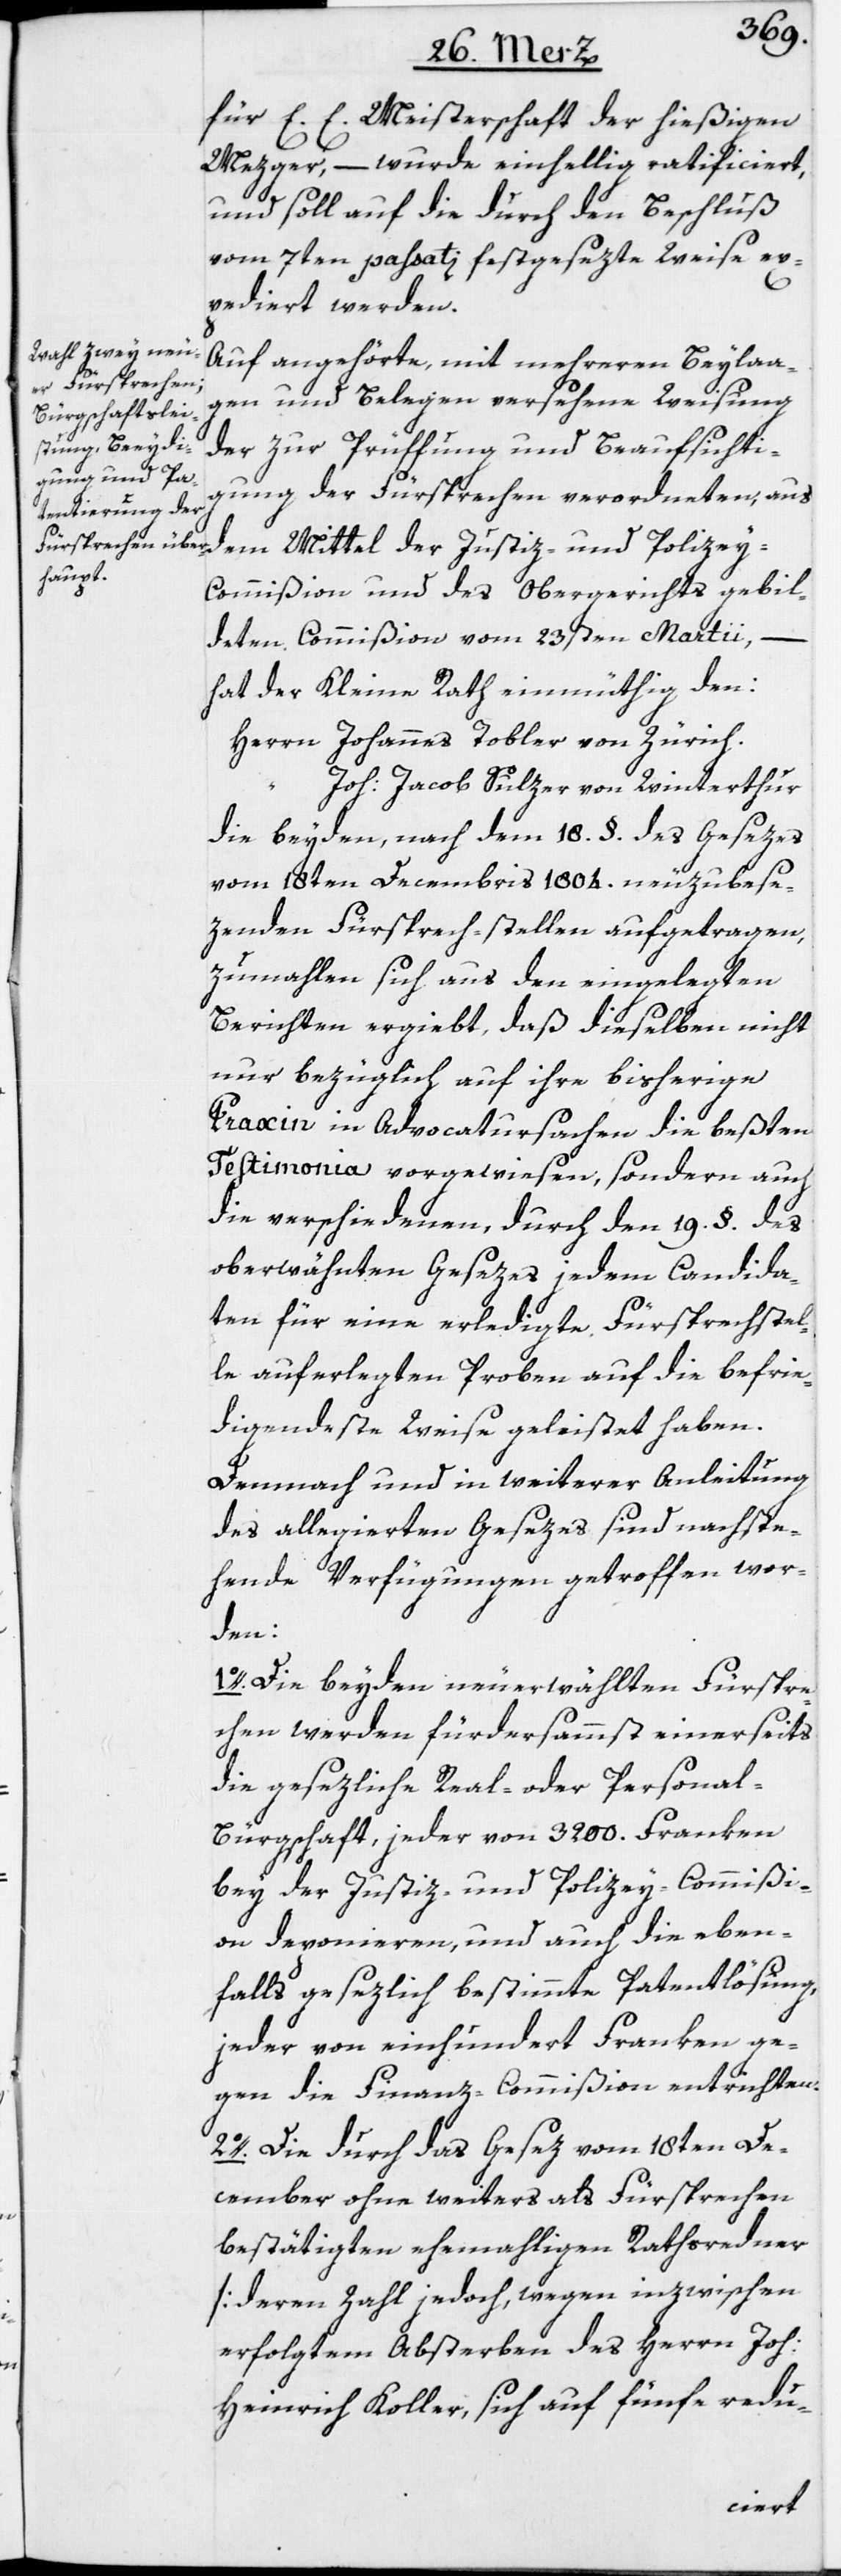
für E. E. Meisterschaft der hießigen
Mezger, – wurde einhellig ratificiert,
und soll auf die durch den Beschluß
vom 7ten passati festgesezte Weise ex¬
pediert werden.
Auf angehörte, mit mehreren Beylaa¬
gen und Belegen versehene Weisung
der zur Prüffung und Beaufsichti¬
gung der Fürsprechen verordneten, aus
dem Mittel der Justiz- und Polize¬
y-Commißion und des Obergerichts gebil¬
deten Commißion vom 23sten Martii,
hat der Kleine Rath einmüthig den:
Herrn Johannes Tobler von Zürich.
Joh: Jacob Sulzer von Winterthur
die beyden, nach dem 18. §. des Gesezes
vom 18ten Decembris 1804. neuzubes¬
ezenden Fürsprech-stellen aufgetragen,
zumahlen sich aus den eingelegten
Berichten ergiebt, daß dieselben nicht
nur bezüglich auf ihre bisherige
Praxin in Advocatursachen die beßten
Testimonia vorgewiesen, sondern auch
die verschiedenen, durch den 19. §. des
oberwähnten Gesezes jedem Candida¬
ten für eine erledigte Fürsprechstel¬
le auferlegten Proben auf die befrie¬
digendeste Weise geleistet haben.
Demnach und in weiterer Anleitung
des allegierten Gesezes sind nachste¬
hende Verfügungen getroffen wor¬
den:
1o. Die beyden neuerwählten Fürspre¬
chen werden fürdersammst einerseits
die gesezliche Real- oder Personal-B¬
ürgschaft, jeder von 3200. Franken
bey der Justiz- und Polizey-Commißi¬
on deponieren, und auch die eben¬
falls gesezlich bestimmte Patentlösung,
jeder von einhundert Franken ge¬
gen die Finanz-Commißion entrichten.
2o. Die durch das Gesez vom 18ten De¬
cember ohne weiters als Fürsprechen
bestätigten ehemahligen Rathsredner
[deren Zahl jedoch, wegen inzwischen
erfolgtem Absterben des Herrn Joh:
Heinrich Koller, sich auf fünfe redu-